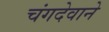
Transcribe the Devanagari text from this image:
चंगदेवाने